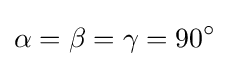
\alpha =\beta =\gamma =90^{\circ }